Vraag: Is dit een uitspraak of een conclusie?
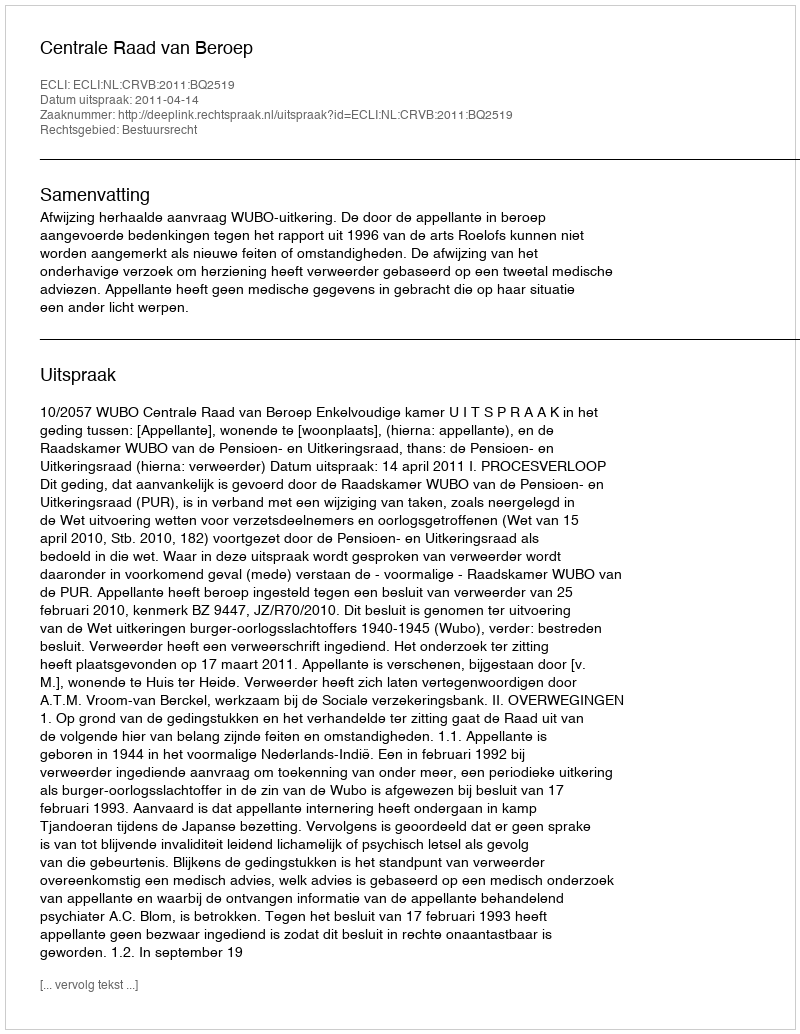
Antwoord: Uitspraak